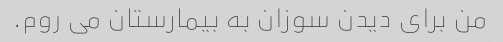
من برای دیدن سوزان به بیمارستان می روم.